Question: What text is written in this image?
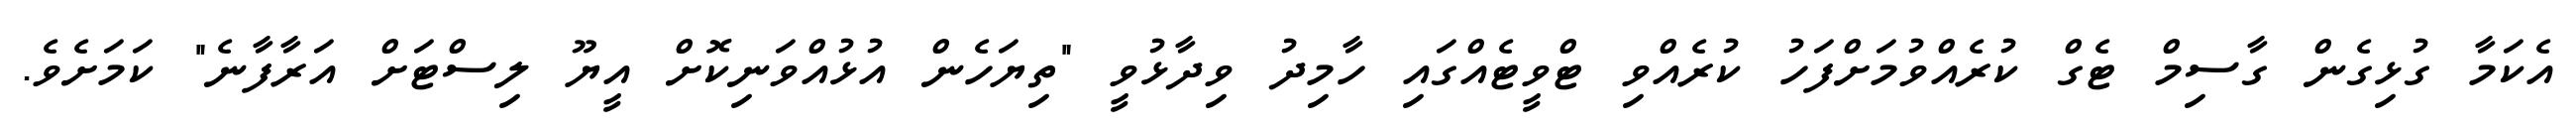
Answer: އެކަމާ ގުޅިގެން ގާސިމް ޓެގް ކުރެއްވުމަށްފަހު ކުރެއްވި ޓްވީޓެއްގައި ހާމިދު ވިދާޅުވީ "ތިޔަހެން އުޅުއްވަނިކޮށް އީޔޫ ލިސްޓަށް އަރާފާނެ" ކަމަށެވެ.